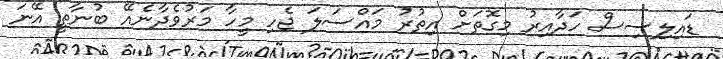
ޑައިލިސިސް ހަދާއިރު މިގޮތަށް އިތުރު މައްސަލަ ޖެހި މީހާ މަރުވެދާނެއޭ ބުނާތީ އޭނަ